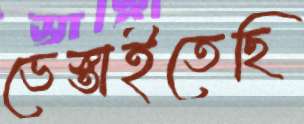
ভেস্তাইতেছি